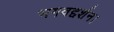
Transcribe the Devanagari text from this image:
भगवद्दर्शन।